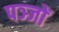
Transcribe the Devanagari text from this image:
पञ्जों